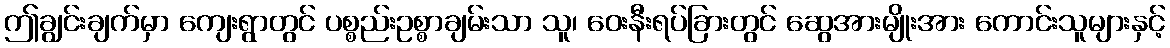
ဤချွင်းချက်မှာ ကျေးရွာတွင် ပစ္စည်းဥစ္စာချမ်းသာ သူ၊ ဝေးနီးရပ်ခြားတွင် ဆွေအားမျိုးအား ကောင်းသူများနှင့်